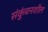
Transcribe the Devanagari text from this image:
संकुंचनशील